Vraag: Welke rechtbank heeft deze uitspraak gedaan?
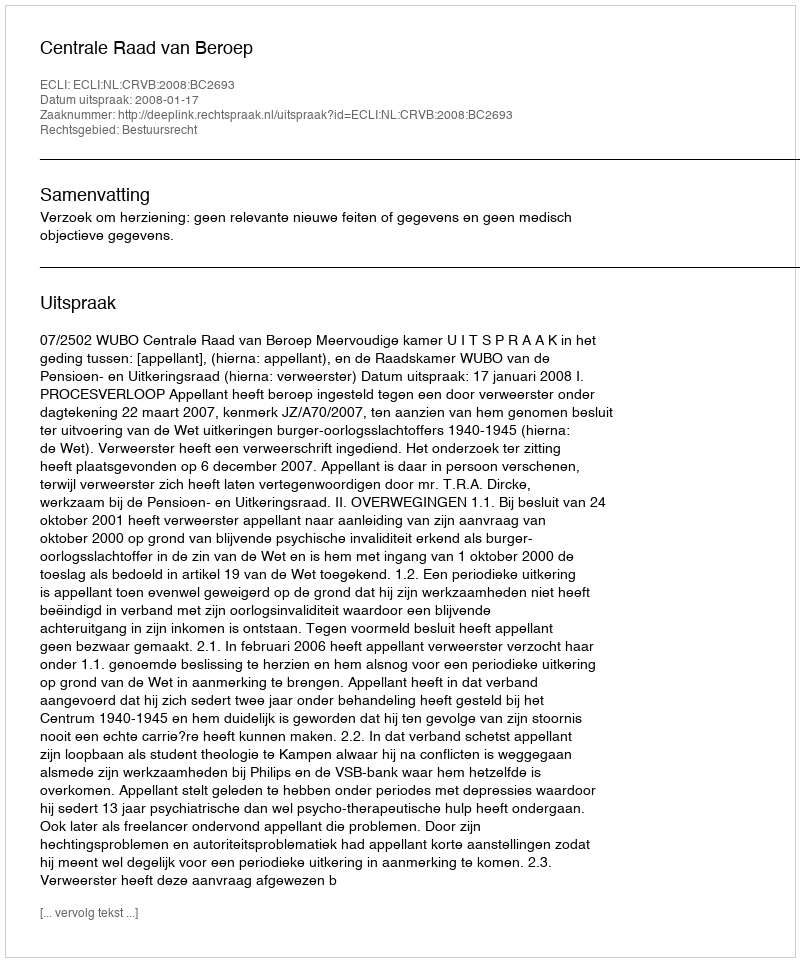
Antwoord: Centrale Raad van Beroep